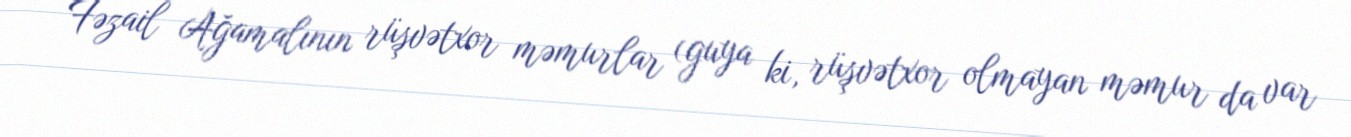
Fəzail Ağamalının rüşvətxor məmurlar (guya ki, rüşvətxor olmayan məmur da var